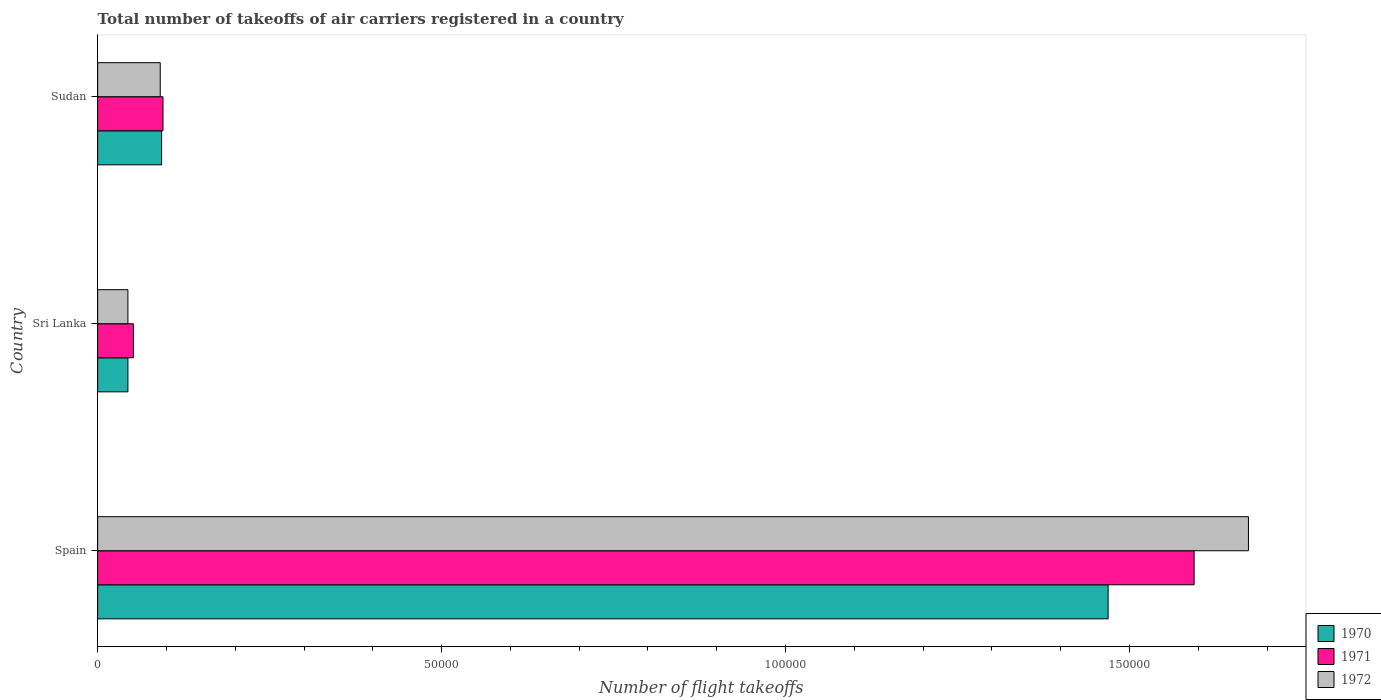
| Country | 1970 | 1971 | 1972 |
 | --- | --- | --- | --- |
 | Spain | 1.47e+05 | 1.59e+05 | 1.67e+05 |
 | Sri Lanka | 4.4e+03 | 5.2e+03 | 4.4e+03 |
 | Sudan | 9.3e+03 | 9.5e+03 | 9.1e+03 |